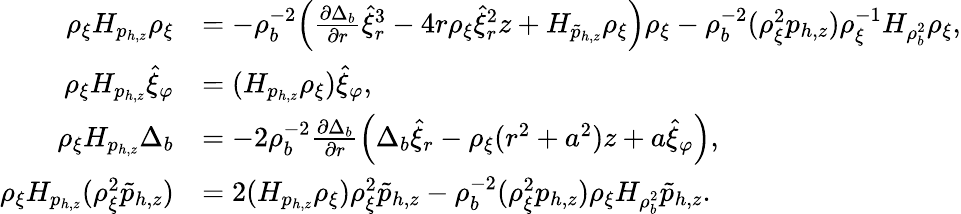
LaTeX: \begin{array}{rl}{\rho_{\xi}H_{p_{h,z}}\rho_{\xi}}&{=-\rho_{b}^{-2}\Big(\frac{\partial\Delta_{b}}{\partial r}\hat{\xi}_{r}^{3}-4r\rho_{\xi}\hat{\xi}_{r}^{2}z+H_{\tilde{p}_{h,z}}\rho_{\xi}\Big)\rho_{\xi}-\rho_{b}^{-2}(\rho_{\xi}^{2}p_{h,z})\rho_{\xi}^{-1}H_{\rho_{b}^{2}}\rho_{\xi},}\\ {\rho_{\xi}H_{p_{h,z}}\hat{\xi}_{\varphi}}&{=(H_{p_{h,z}}\rho_{\xi})\hat{\xi}_{\varphi},}\\ {\rho_{\xi}H_{p_{h,z}}\Delta_{b}}&{=-2\rho_{b}^{-2}\frac{\partial\Delta_{b}}{\partial r}\Big(\Delta_{b}\hat{\xi}_{r}-\rho_{\xi}(r^{2}+a^{2})z+a\hat{\xi}_{\varphi}\Big),}\\ {\rho_{\xi}H_{p_{h,z}}(\rho_{\xi}^{2}\tilde{p}_{h,z})}&{=2(H_{p_{h,z}}\rho_{\xi})\rho_{\xi}^{2}\tilde{p}_{h,z}-\rho_{b}^{-2}(\rho_{\xi}^{2}p_{h,z})\rho_{\xi}H_{\rho_{b}^{2}}\tilde{p}_{h,z}.}\end{array}